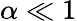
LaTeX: \alpha\ll 1